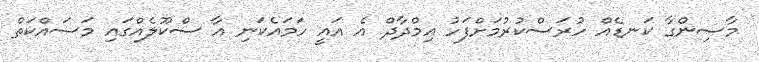
މާސިންގާ ކަނޑެއް ހުރަސްކުރުމަށްފަހު އިމްދާދް އެ އައީ ހަމައެކަނި އާ ސްކޫލެއްގައި މަސައްކަތް